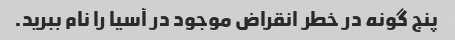
پنج گونه در خطر انقراض موجود در آسیا را نام ببرید.